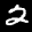
Label: 2